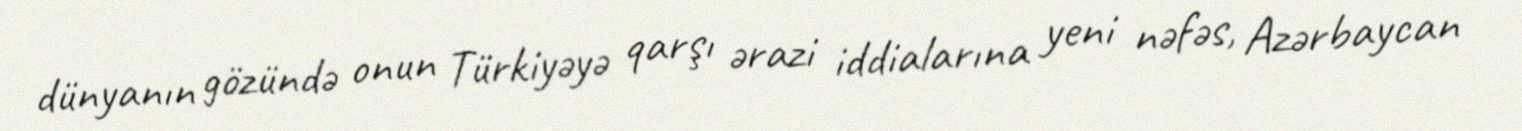
dünyanın gözündə onun Türkiyəyə qarşı ərazi iddialarına yeni nəfəs, Azərbaycan